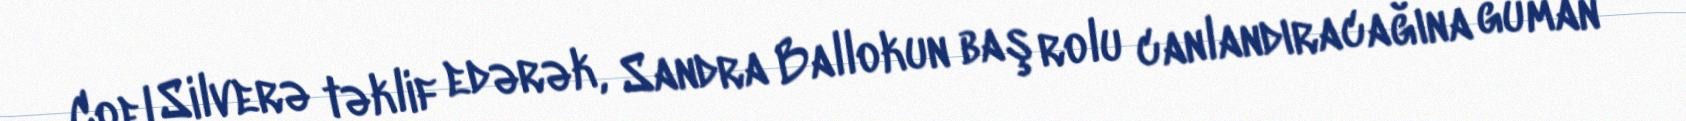
Coel Silverə təklif edərək, Sandra Ballokun baş rolu canlandıracağına güman